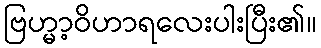
ဗြဟ္မာ့ဝိဟာရလေးပါးပြီး၏။